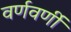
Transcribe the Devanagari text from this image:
वर्णवर्णी